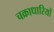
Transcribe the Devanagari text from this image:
चक्राधारियों